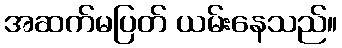
အဆက်မပြတ် ယမ်းနေသည်။